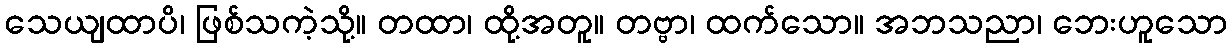
သေယျထာပိ၊ ဖြစ်သကဲ့သို့။ တထာ၊ ထို့အတူ။ တဗ္ဗာ၊ ထက်သော။ အဘသညာ၊ ဘေးဟူသော